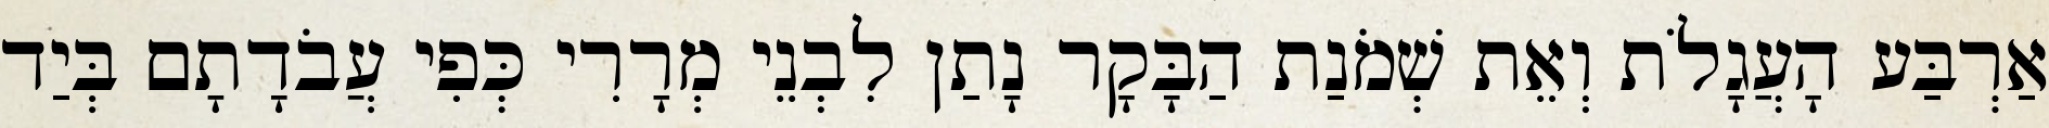
אַרְבַּע הָעֲגָלֹת וְאֵת שְׁמֹנַת הַבָּקָר נָתַן לִבְנֵי מְרָרִי כְּפִי עֲבֹדָתָם בְּיַד